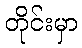
တိုင်းမှာ